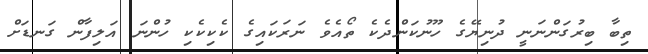
ތިބާ ބިރުގަންނަނީ ދުނިޔޭގެ ހޫނުކަންދެކެ ތޯއެވެ ނަރަކައިގެ ކެކިކެކި ހުންނަ އަލިފާން ގަނޑަށް